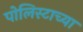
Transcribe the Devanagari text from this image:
पोलिस्टाच्या